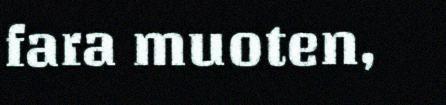
fara muoten,